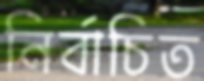
নির্বাচিত